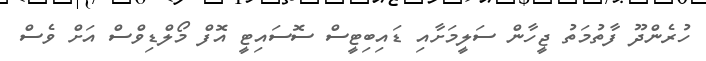
ހުރެންދޫ ފާތުމަތު ޖީހާން ސަލީމަށާއި ޑައިބިޓީސް ސޮސައިޓީ އޮފް މޯލްޑިވްސް އަށް ވެސް